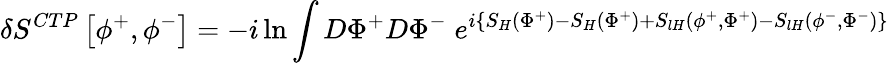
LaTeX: \delta S^{CTP}\left[\phi^{+},\phi^{-}\right]=-i\ln\int D\Phi^{+}D\Phi^{-}\; e^{i\left\{ S_{H}\left(\Phi^{+}\right)-S_{H}\left(\Phi^{+}\right)+S_{lH}\left(\phi^{+},\Phi^{+}\right)-S_{lH}\left(\phi^{-},\Phi^{-}\right)\right\} }